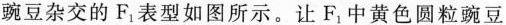
豌豆杂交的F。表型如图所示。让F，中黄色圆粒豌豆